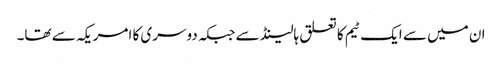
ان میں سے ایک ٹیم کا تعلق ہالینڈ سے جبکہ دوسری کا امریکہ سے تھا۔